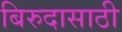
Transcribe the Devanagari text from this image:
बिरुदासाठी